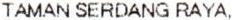
TAMAN SERDANG RAYA,